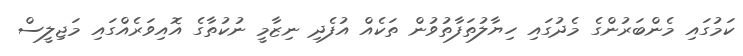
ކަމުގައި މެންބަރުންގެ މެދުގައި ހިޔާލުތަފާތުވުން ތަކެއް އުފެދި ނިޒާމީ ނުކުތާގެ އޮއިވަރެއްގައި މަޖިލީސް